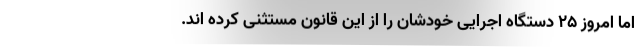
اما امروز 25 دستگاه اجرایی خودشان را از این قانون مستثنی کرده اند.